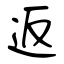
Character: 返